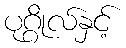
ပုဂ္ဂိုလ်နှင့်